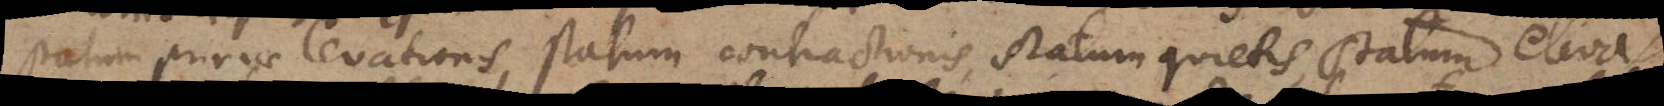
statum primae levationis, statum contractionis, statum quietis, statum eleva-